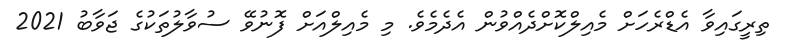
ތިރީގައިވާ އެޑްރެހަށް މެއިލްކޮށްދެއްވުން އެދެމެވެ. މި މެއިލްއަށް ފޮނުވޭ ސުވާލުތަކުގެ ޖަވާބު 2021